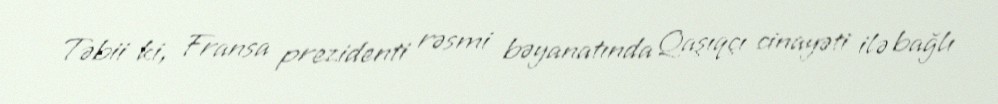
Təbii ki, Fransa prezidenti rəsmi bəyanatında Qaşıqçı cinayəti ilə bağlı